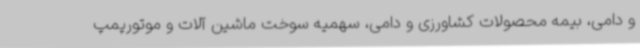
و دامی، بیمه محصولات کشاورزی و دامی، سهمیه سوخت ماشین آلات و موتورپمپ